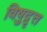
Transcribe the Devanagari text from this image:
विषुद्वृत्त